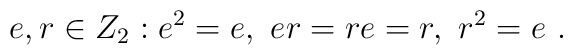
e,r \in Z_2 : e^2=e ,~ er =re=r ,~ r^2=e~.